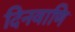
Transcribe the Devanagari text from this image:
दिनवाणि